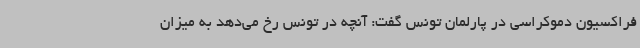
فراکسیون دموکراسی در پارلمان تونس گفت: آنچه در تونس رخ می‌دهد به میزان